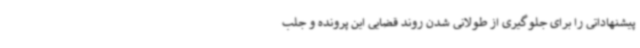
پیشنهاداتی را برای جلوگیری از طولانی شدن روند قضایی این پرونده و جلب